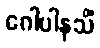
ဂေါပါနသိံ